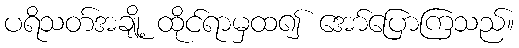
ပရိသတ်အချို့ ထိုင်ရာမှထ၍ အော်ပြောကြသည်။